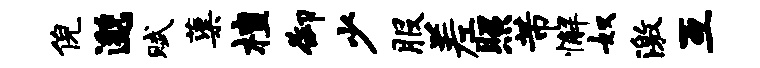
倪邈赋蕖檀御少服差照芾懈奴激互